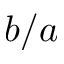
b / a